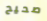
صحيح